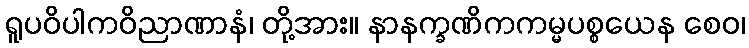
ရူပဝိပါကဝိညာဏာနံ၊ တို့အား။ နာနက္ခဏိကကမ္မပစ္စယေန စေဝ၊